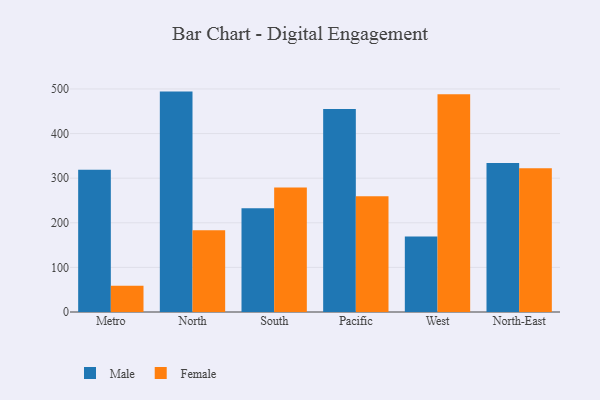
{"axis": {"x": "Region", "y": "Waste Production (Tons)"}, "legend": ["Female", "Male"], "data": [{"x": "Metro", "y": 318.7, "type": "Male"}, {"x": "Metro", "y": 58.8, "type": "Female"}, {"x": "North", "y": 494.1, "type": "Male"}, {"x": "North", "y": 183.3, "type": "Female"}, {"x": "South", "y": 232.8, "type": "Male"}, {"x": "South", "y": 279.0, "type": "Female"}, {"x": "Pacific", "y": 454.9, "type": "Male"}, {"x": "Pacific", "y": 259.5, "type": "Female"}, {"x": "West", "y": 169.0, "type": "Male"}, {"x": "West", "y": 488.4, "type": "Female"}, {"x": "North-East", "y": 334.1, "type": "Male"}, {"x": "North-East", "y": 322.5, "type": "Female"}]}